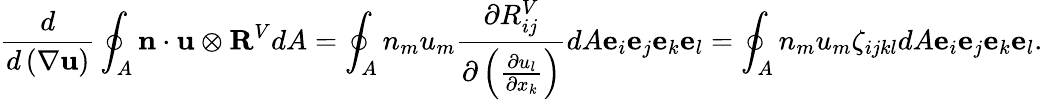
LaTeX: \frac{d}{d\left(\nabla\mathbf{u}\right)}\oint_{A}\mathbf{n}\cdot\mathbf{u}\otimes\mathbf{R}^{V}dA=\oint_{A}n_{m}u_{m}\frac{\partial R_{ij}^{V}}{\partial\left(\frac{\partial u_{l}}{\partial x_{k}}\right)}dA\mathbf{e}_{i}\mathbf{e}_{j}\mathbf{e}_{k}\mathbf{e}_{l}=\oint_{A}n_{m}u_{m}\zeta_{ijkl}dA\mathbf{e}_{i}\mathbf{e}_{j}\mathbf{e}_{k}\mathbf{e}_{l}.